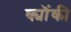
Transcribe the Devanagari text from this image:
क्यॊंकी